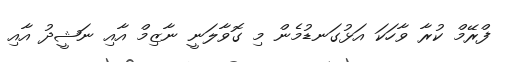
ފްރޭމް ކުރާ ވާހަކަ އަޅުގަނޑުމެން މި ގޮވާލަނީ ނާޒިމް އާއި ނަޝީދު އާއި